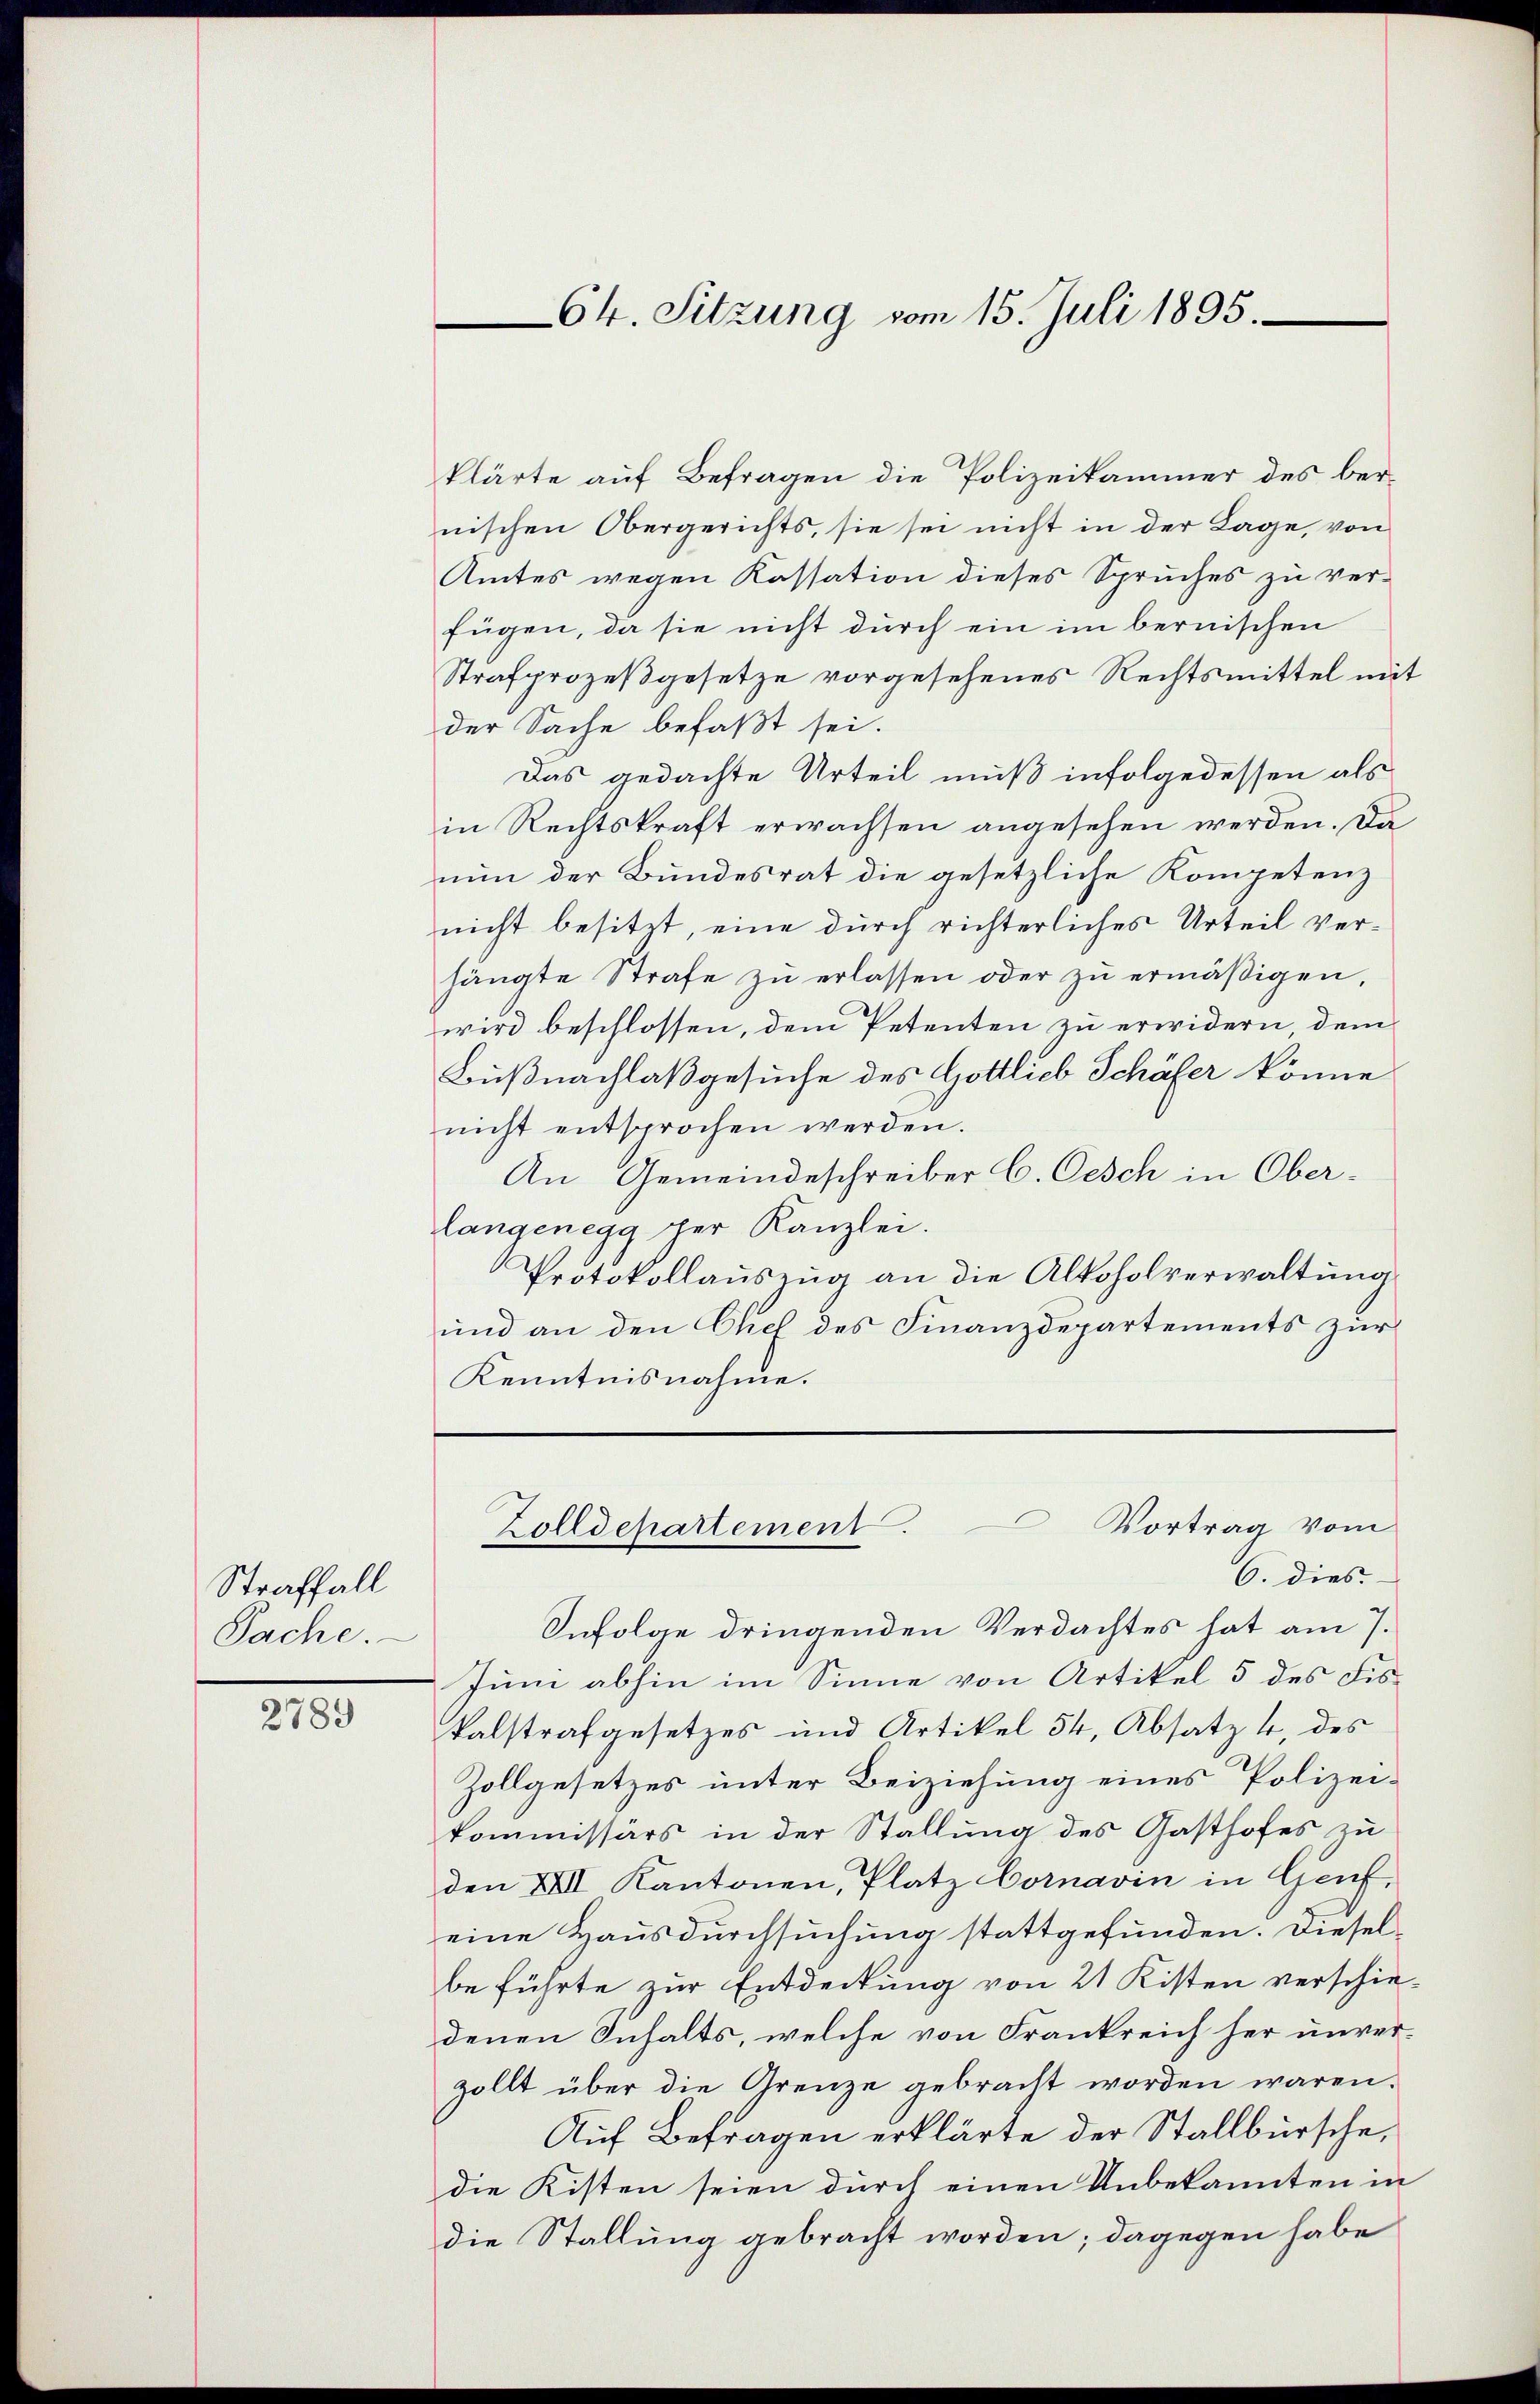
Straffall
Sache.

2789

klärte auf Befragen die Polizeikammer des bernischen Obergerichts, sie sei nicht in der Lage, von
Amtes wegen Kassation dieses Spruches zu ver-
fügen, da sie nicht durch ein im bernischen
Strafprozeßgesetze vorgesehenes Rechtsmittel mit
der Sache befaßt sei.
Das gedachte Urteil muß infolgedessen als
in Rechtskraft erwachsen angesehen werden. Da
nun der Bundesrat die gesetzliche Kompetenz
nicht besitzt, eine durch richterliches Urteil verhängte Strafe zŭ erlassen oder zu ermäßigen,
wird beschlossen, dem Petenten zu erwidern, dem
Bußnachlaß gesuche des Gottlieb Schäfer könne
nicht entsprochen werden.
An Gemeindeschreiber C. Oesch in Oberlangenegg per Kanzlei.
Protokollauszug an die Alkoholverwaltung
und an den Chef des Finanzdepartements zur
Kenntnisnahme.

6. dies.
Infolge dringenden Verdachtes hat am 7.
Juni abhin im Sinne von Artikel 5 des Fiskalstrafgesetzes und Artikel 54, Absatz 4, des
Zollgesetzes unter Beiziehung eines Polizei-
kommissärs in der Stallung des Gasthofes zu
den XXII Kantonen, Platz Cornavin in Genf,
eine Hausdurchsuchung stattgefunden. Dieselbe führte zur Entdeckung von 21 Kisten verschie-
denen Inhalts, welche von Frankreich her unverzollt über die Grenze gebracht worden wären.
Auf Befragen erklärte der Stallbürsche,
die Kisten seien durch einen Unbekannten in
die Stallung gebracht worden; dagegen habe

Ch. Sitzung vom 15. Juli 1895.

Zolldepartement. Vortrag vom